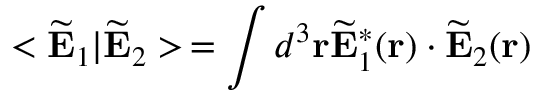
< \widetilde { \bf E } _ { 1 } | \widetilde { \bf E } _ { 2 } > \, = \int d ^ { 3 } { \bf r } \widetilde { \bf E } _ { 1 } ^ { * } ( { \bf r } ) \cdot \widetilde { \bf E } _ { 2 } ( { \bf r } )